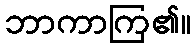
ဘာကာကြ၏။